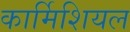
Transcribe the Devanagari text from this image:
कार्मिशियल